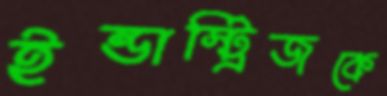
ইন্ডাস্ট্রিজকে